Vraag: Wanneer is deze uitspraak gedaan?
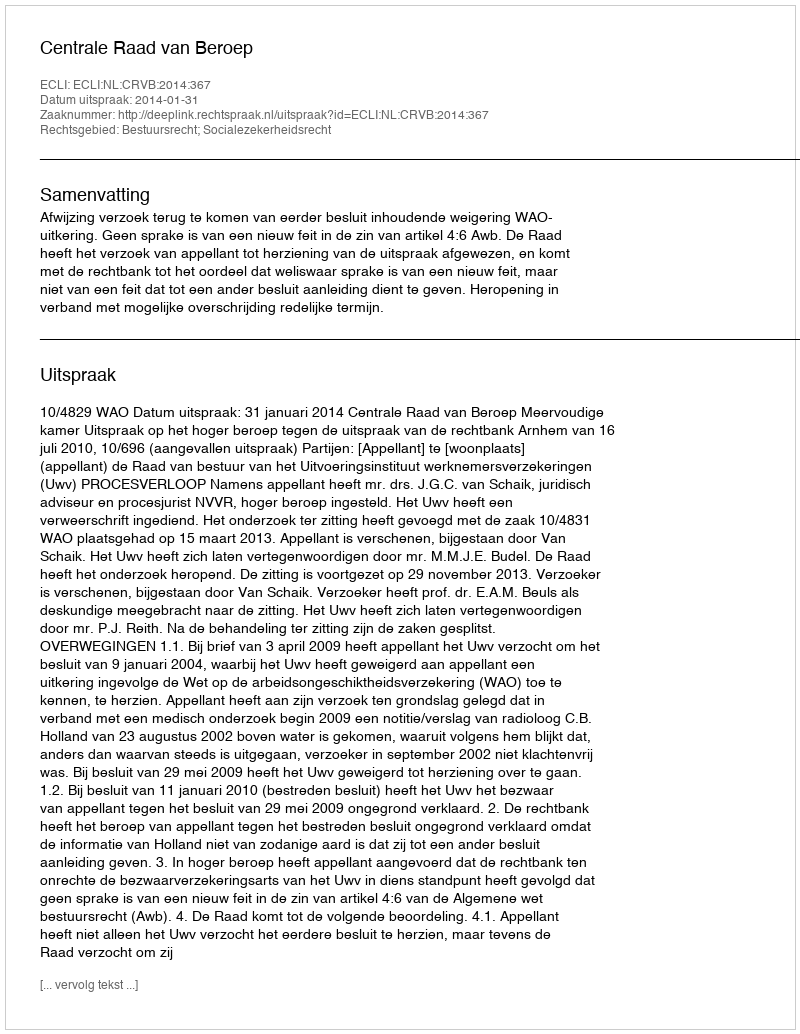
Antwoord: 2014-01-31